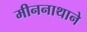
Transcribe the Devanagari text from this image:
मीननाथाने